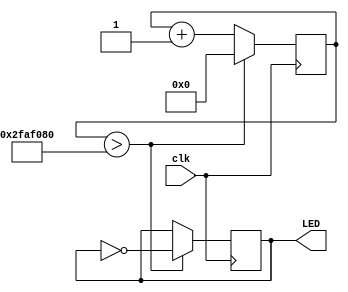
module blink(clk,LED);

	input clk;
	output LED;

	reg [31:0] counter;
	reg LED_status;

	initial begin
		counter <= 32'b0;
		LED_status <= 1'b0;
	end

	always @ (posedge clk) 
	begin
		counter <= counter + 1'b1;
		if (counter > 50000000)
			begin
			LED_status <= !LED_status;
			counter <= 32'b0;
			end
	end

	assign LED = LED_status;
	

endmodule